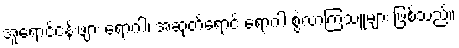
အူရောင်ငန်းဖျား ရောဂါ၊ အဆုတ်ရောင် ရောဂါ စွဲလာကြသူများ ဖြစ်သည်။